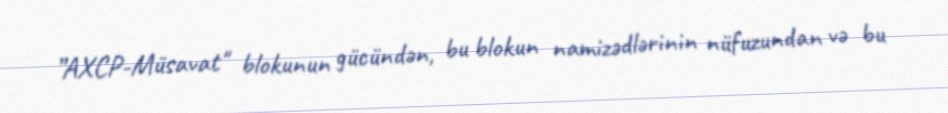
”AXCP-Müsavat" blokunun gücündən, bu blokun namizədlərinin nüfuzundan və bu